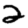
Digit: 2